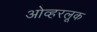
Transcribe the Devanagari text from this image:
ओव्हरलूक